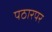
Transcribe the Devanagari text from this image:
पठारपर